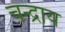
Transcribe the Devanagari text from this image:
चन्द्राय